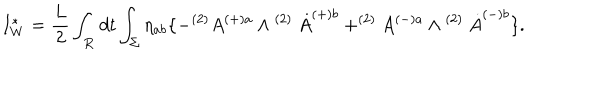
I _ { W } ^ { \ast } = \frac { L } { 2 } \int _ { \bf R } d t \int _ { \Sigma } \eta _ { a b } \{ - ^ { ( 2 ) } A ^ { ( + ) a } \wedge ^ { \mathrm { ~ } ( 2 ) } \dot { A } ^ { ( + ) b } + ^ { ( 2 ) } A ^ { ( - ) a } \wedge ^ { \mathrm { ~ } ( 2 ) } \dot { A } ^ { ( - ) b } \} .